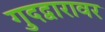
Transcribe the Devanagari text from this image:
गुदद्वारावर